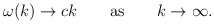
\begin{align*}\omega(k) \to c k \qquad {\rm as} \qquad k \to \infty.\end{align*}